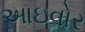
આઇવોર